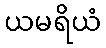
ယမရိယံ